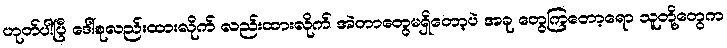
ဟုတ်ပါပြီ ဒေါ်စုလည်းထားလိုက် လည်းထားလိုက် အဲတာတွေမရှိတော့ပဲ အခု တွေကြတော့ရော သူတို့တွေက